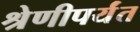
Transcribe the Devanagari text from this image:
श्रेणीपर्यंत